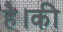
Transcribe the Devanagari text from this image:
है।की